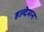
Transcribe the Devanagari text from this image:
हल्देमन